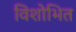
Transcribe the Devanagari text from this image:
विशोभित